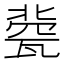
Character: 㼱